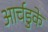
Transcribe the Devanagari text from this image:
आर्चडुके